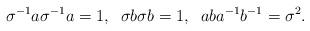
LaTeX: \begin{align*}\sigma^{-1}a\sigma^{-1}a=1,\; \; \sigma b\sigma b=1, \; \; aba^{-1}b^{-1}=\sigma^2.\end{align*}